Civil Veterinary Department Bengal reports 1933-51 - 1933-1951
Year: 1933
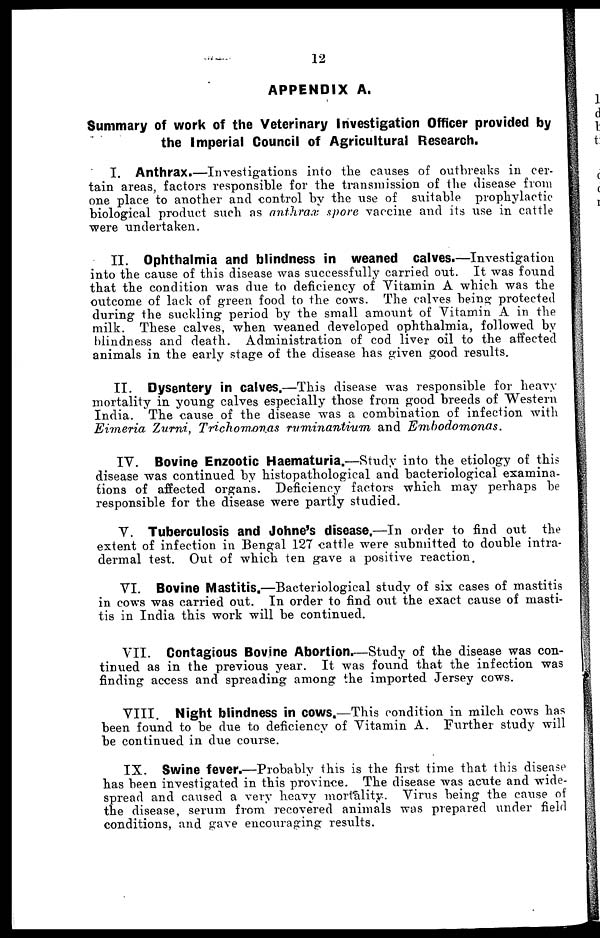
12
APPENDIX A.
Summary of work of the Veterinary Investigation Officer provided by
the Imperial Council of Agricultural Research.
I. Anthrax.—Investigations into the causes of outbreaks in cer-
tain areas, factors responsible for the transmission of the disease from
one place to another and control by the use of suitable prophylactic
biological product such as anthrax spore vaccine and its use in cattle
were undertaken.
II. Ophthalmia and blindness in weaned calves.—Investigation
into the cause of this disease was successfully carried out. It was found
that the condition was due to deficiency of Vitamin A which was the
outcome of lack of green food to the cows. The calves being protected
during the suckling period by the small amount of Vitamin A in the
milk. These calves, when weaned developed ophthalmia, followed by
blindness and death. Administration of cod liver oil to the affected
animals in the early stage of the disease has given good results.
II. Dysentery in calves.—This disease was responsible for heavy
mortality in young calves especially those from good breeds of Western
India. The cause of the disease was a combination of infection with
Eimeria Zurni, Trichomonas ruminantium
and
Embodomonas.
IV. Bovine Enzootic Haematuria.—Study into the etiology of this
disease was continued by histopathological and bacteriological examina-
tions of affected organs. Deficiency factors which may perhaps be
responsible for the disease were partly studied.
V. Tuberculosis and Johne's disease.—In order to find out the
extent of infection in Bengal 127 cattle were submitted to double intra-
dermal test. Out of which ten gave a positive reaction.
VI. Bovine Mastitis.—Bacteriological study of six cases of mastitis
in cows was carried out. In order to find out the exact cause of masti-
tis in India this work will be continued.
VII. Contagious Bovine Abortion.—Study of the disease was con-
tinued as in the previous year. It was found that the infection was
finding access and spreading among the imported Jersey cows.
VIII. Night blindness in COWS.—This condition in milch cows has
been found to be due to deficiency of Vitamin A. Further study will
be continued in clue course.
IX. Swine fever.—Probably this is the first time that this disease
has been investigated in this province. The disease was acute and wide-
spread and caused a very heavy mortality. Virus being the cause of
the disease, serum from recovered animals was prepared under field
conditions, and gave encouraging results.